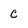
Character: c